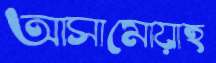
আসামোয়াহ